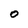
Character: o